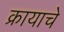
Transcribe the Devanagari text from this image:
क्रायाचे